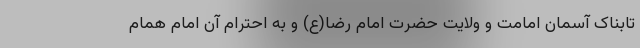
تابناک آسمان امامت و ولایت حضرت امام رضا(ع) و به احترام آن امام همام